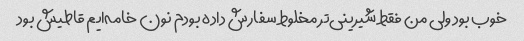
خوب بود ولی من فقط شیرینی‌تر مخلوط سفارش داده بودم نون خامه‌ایم قاطیش بود